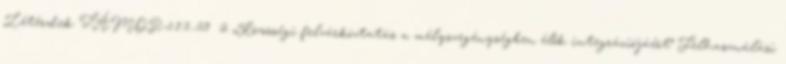
Létérdek TÁMOP-5.1.3.-09 2 „Közösségi felzárkóztatás a mélyszegénységben élők integrációjáért” Felhasználási